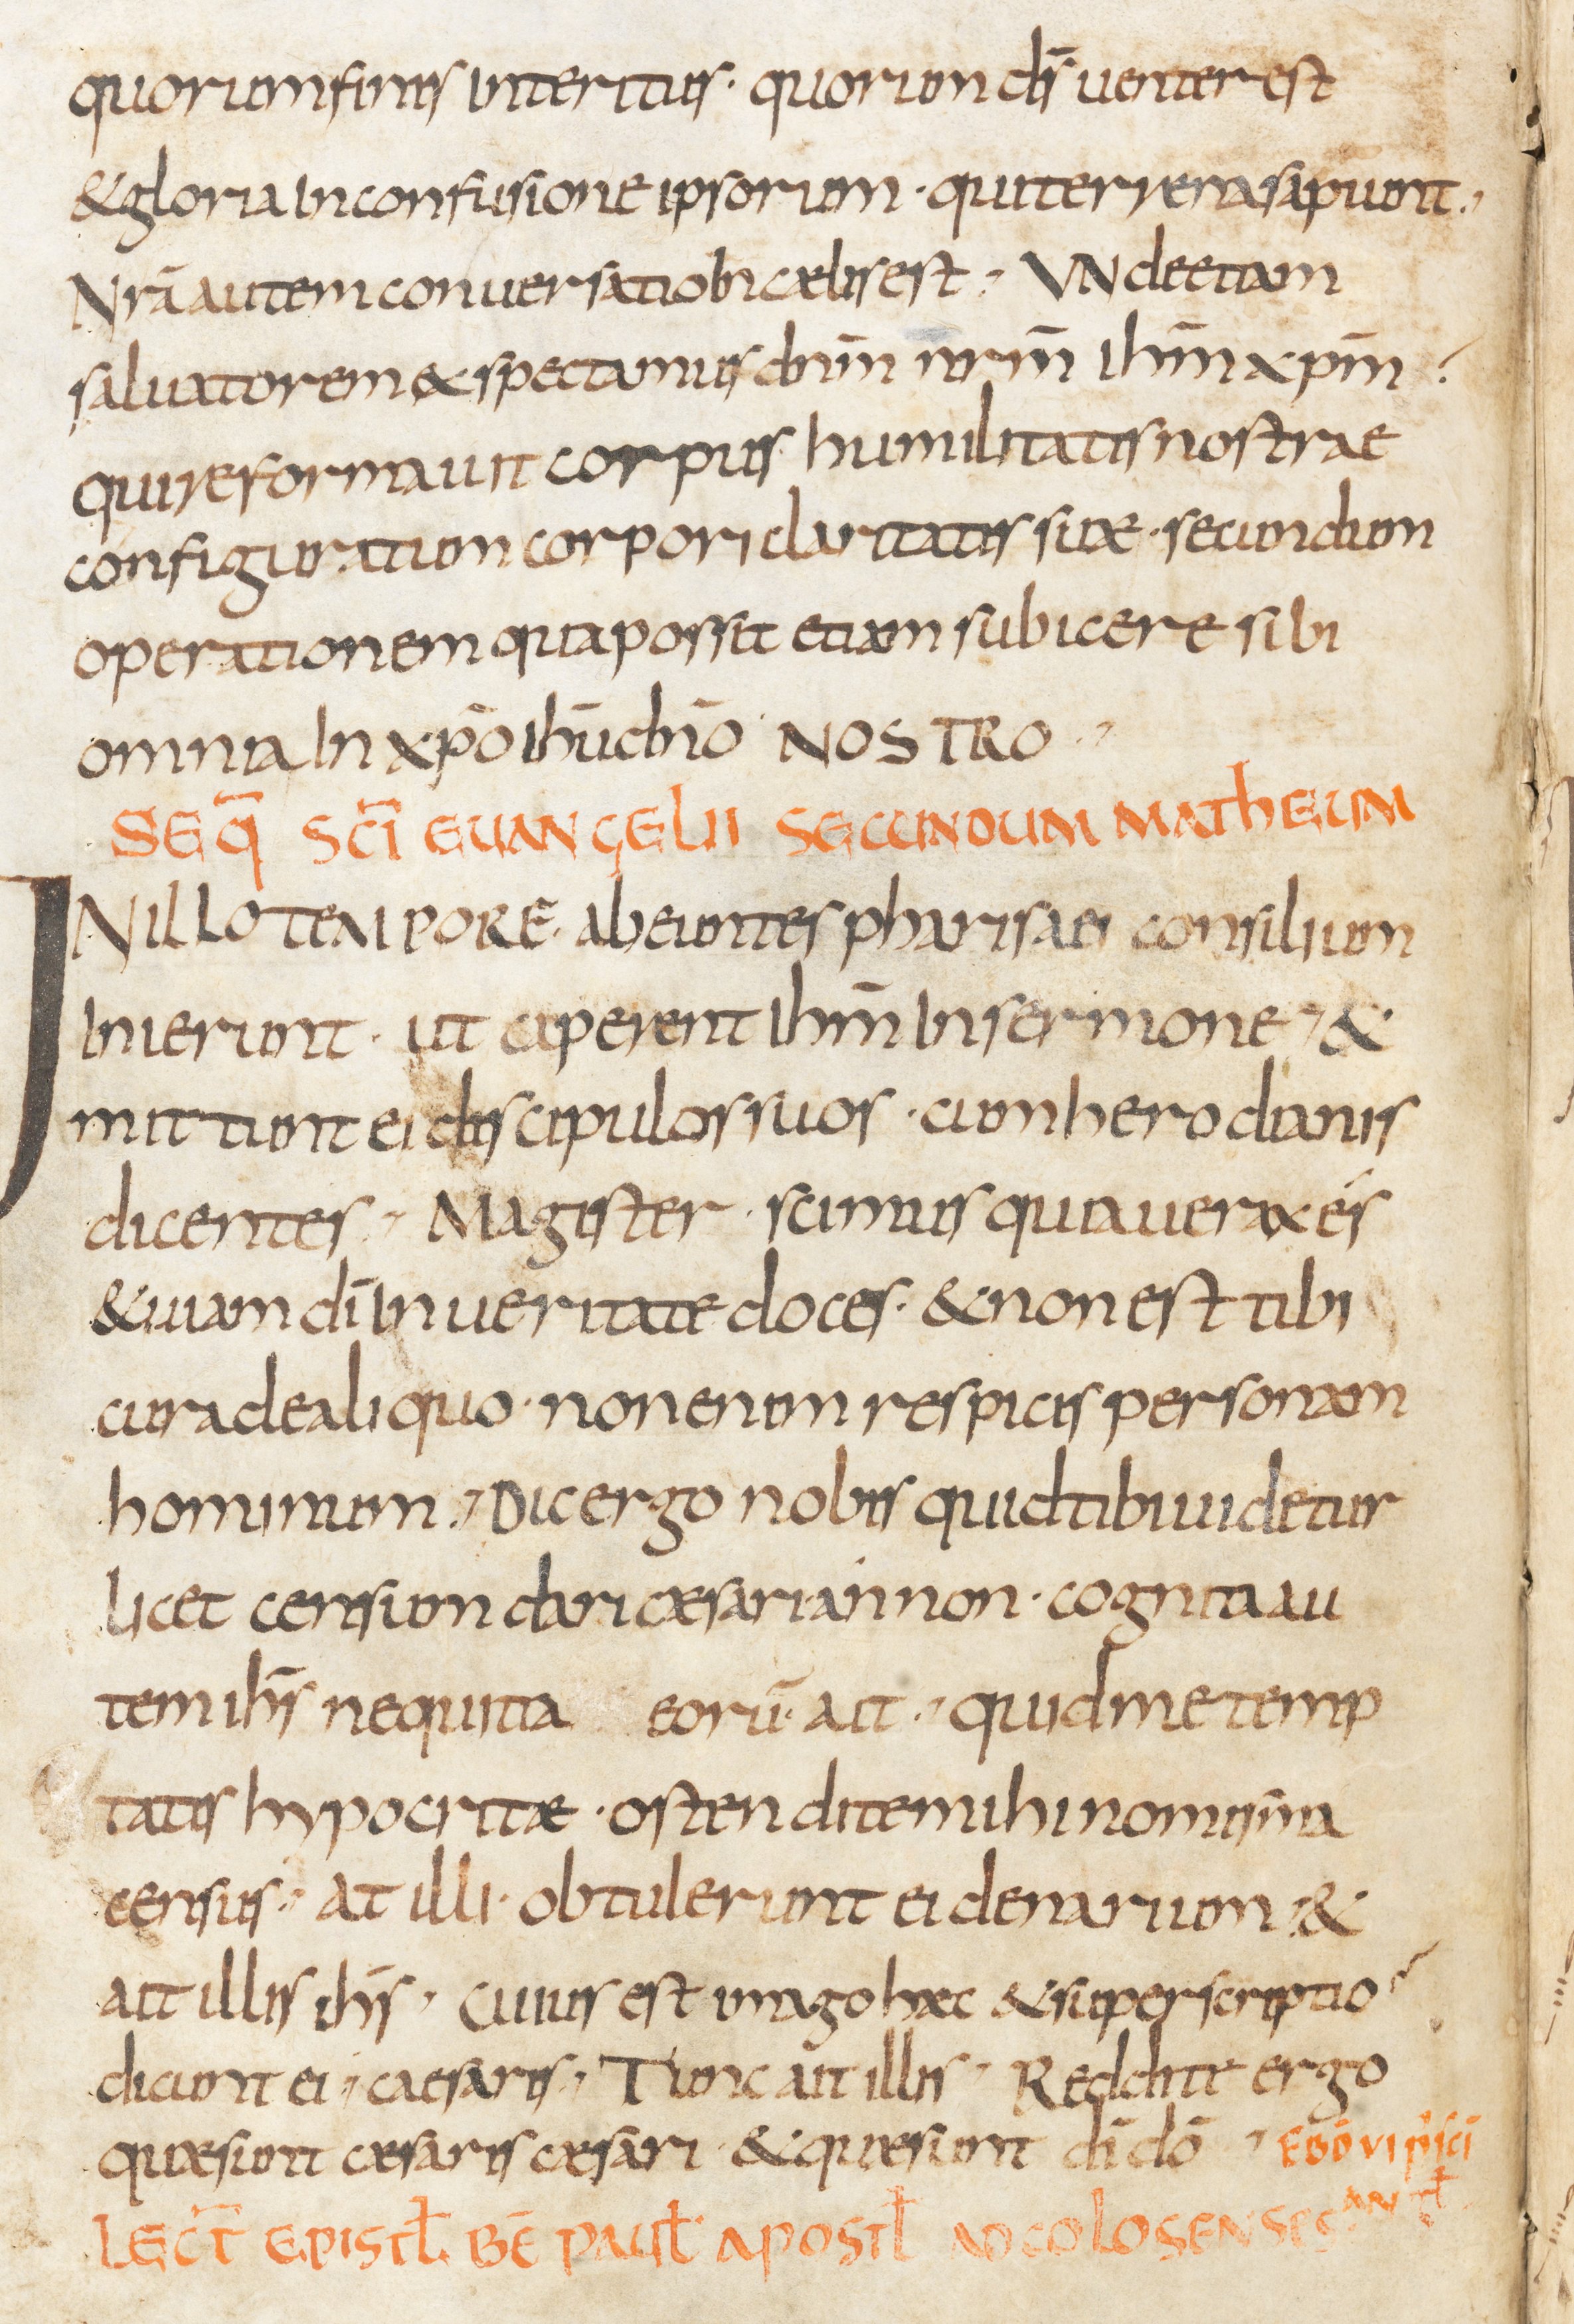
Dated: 800–830